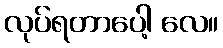
လုပ်ရတာပေါ့ လေ။